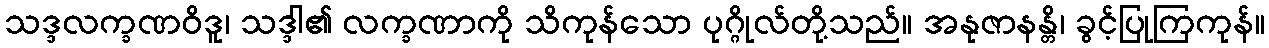
သဒ္ဒလက္ခဏဝိဒူ၊ သဒ္ဒါ၏ လက္ခဏာကို သိကုန်သော ပုဂ္ဂိုလ်တို့သည်။ အနုဇာနန္တိ၊ ခွင့်ပြုကြကုန်။